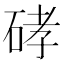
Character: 硣